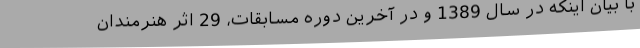
با بیان اینکه در سال 1389 و در آخرین دوره مسابقات، 29 اثر هنرمندان